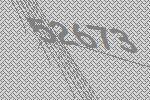
52673